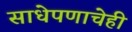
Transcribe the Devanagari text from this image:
साधेपणाचेही